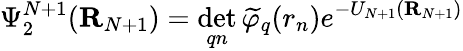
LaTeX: \Psi_{2}^{N+1}({\mathbf R}_{N+1})=\operatorname*{det}_{qn}\widetilde{\varphi}_{q}(r_{n})e^{-U_{N+1}({\mathbf R}_{N+1})}